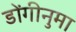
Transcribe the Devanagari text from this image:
डोंगीनुमा